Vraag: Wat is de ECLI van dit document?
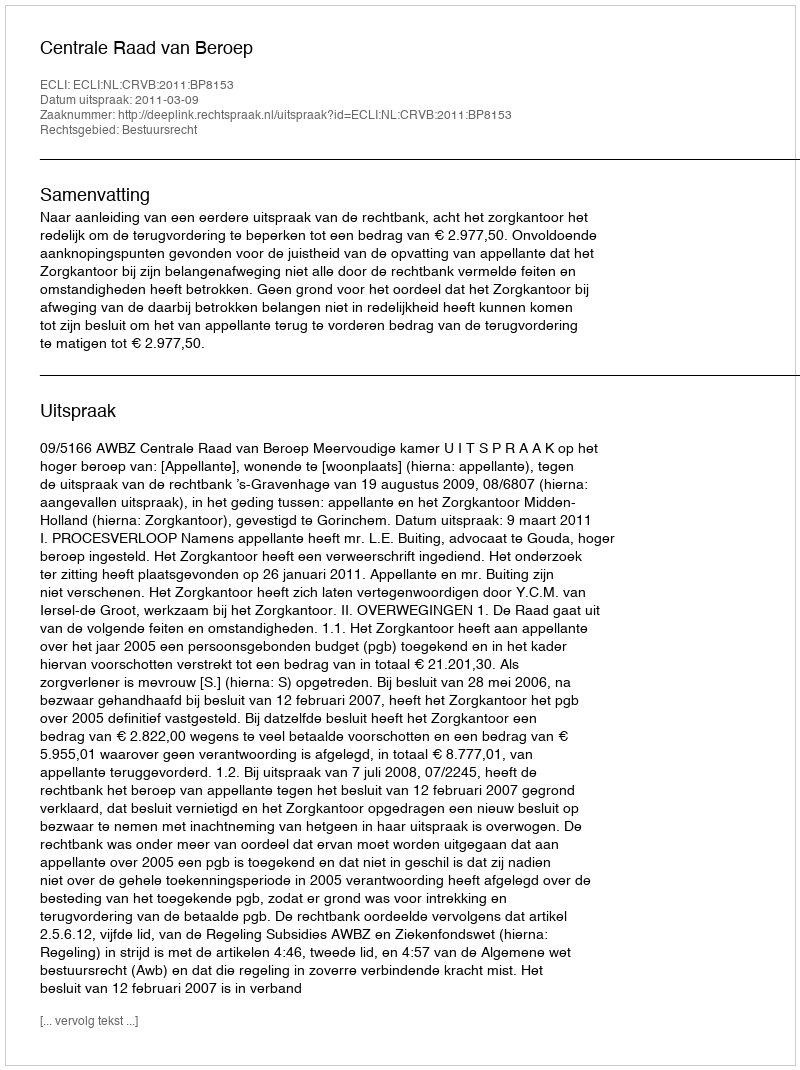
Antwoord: ECLI:NL:CRVB:2011:BP8153